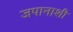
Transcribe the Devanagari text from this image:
जपानाशी